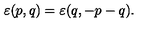
\varepsilon ( p , q ) = \varepsilon ( q , - p - q ) .